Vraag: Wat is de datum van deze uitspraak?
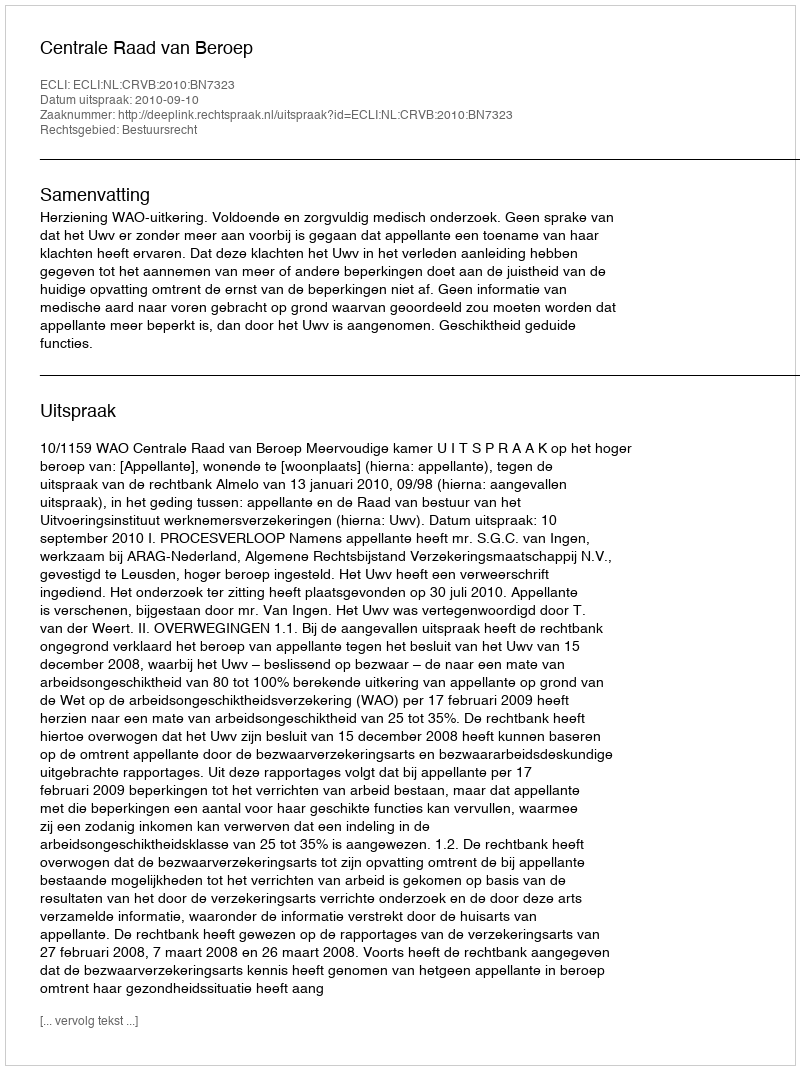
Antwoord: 2010-09-10